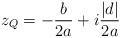
LaTeX: \begin{align*}z_Q = -\frac{b}{2a} + i\frac{|d|}{2a}\end{align*}